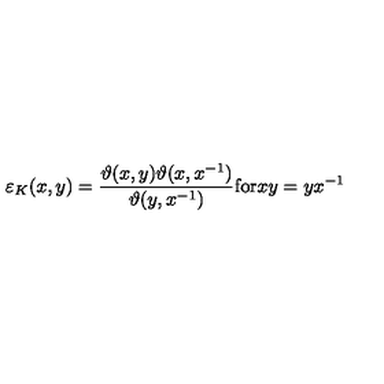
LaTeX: \varepsilon _ { K } ( x , y ) = \frac { \vartheta ( x , y ) \vartheta ( x , x ^ { - 1 } ) } { \vartheta ( y , x ^ { - 1 } ) } \mathrm { f o r } x y = y x ^ { - 1 }